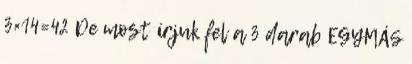
3×14=42 De most írjuk fel a 3 darab EGYMÁS